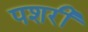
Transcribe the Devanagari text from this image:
पशरी